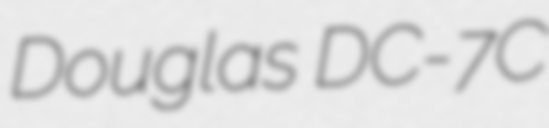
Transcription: Douglas DC-7C